Vaccination North-Western Provinces and Oudh 1878-1895 - 1878-1895
Year: 1878
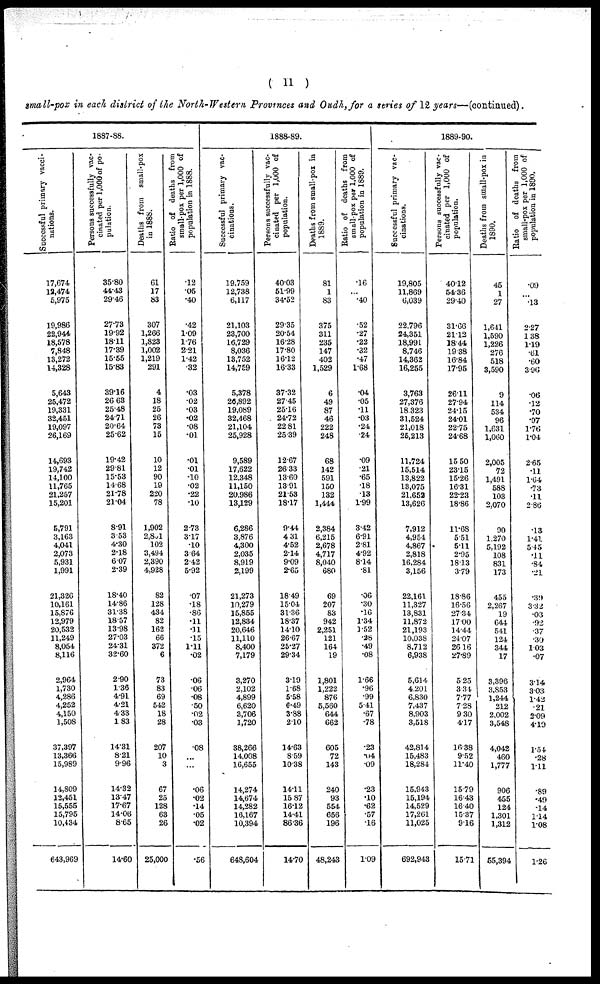
( 11 )
small-pox in each district of the North-Western Provinces and Oudh, for a series of 12 years—(continued).
1887-88.
Successful primary vacci-
nations.
17,674
12,474
5,975
19,986
22,944
18,578
7,848
13,272
14,328
5,643
25,472
19,331
32,451
19,097
26,169
14,693
19,742
14,100
11,765
21,257
15,201
5,791
3,163
4,041
2,073
5,931
1,991
21,326
10,161
15,876
12,979
20,532
11,249
8,054
8,116
2,964
1,730
4,286
4,252
4,150
1,508
37,397
13,366
15,989
14,809
12,451
15,555
15,795
10,434
643,969
Persons successfully vac-
cinated per 1,000 of po-
pulation.
35.80
44.43
29.46
27.73
19.92
18.11
17.39
15.55
15.83
39.16
26. 63
25.48
24.71
20.64
25.62
19.42
29.81
15.53
14.68
21.78
21.04
8.91
3.53
4.30
2.18
6.07
2.39
18.40
14.86
31.38
18.57
13.98
27.03
24.31
32.60
2.90
1.36
4.91
4.21
4.33
1.83
14.31
8.21
9.96
14.32
13.47
17.67
14.06
8.65
14.60
Deaths from small-pox
in 1888.
61
17
83
307
1,266
1,823
1,002
1,219
291
4
18
25
26
73
15
10
12
90
19
220
78
1,902
2,851
102
3,494
2,390
4,928
82
128
434
82
162
66
372
6
73
83
69
542
18
28
207
10
3
67
25
128
63
26
25,000
Ratio of deaths from
small-pox per 1,000 of
population in 1888.
.12
.05
.40
.42
1.09
1.76
2.21
1.42
.32
.03
.02
.03
.02
.08
.01
.01
.01
.10
.02
.22
.10
2.73
3.17
.10
3.64
2.42
5.92
.07
.18
.86
.11
.11
.15
1.11
.02
.06
.06
.08
.50
.02
.03
.08
...
...
.06
.02
.14
.05
.02
.56
1888.89.
Successful primary vac-
cinations.
19,759
12,738
6,117
21,103
23,700
16,729
8,036
13,752
14,759
5,378
20,892
19,089
32,468
21,104
25,928
9,589
17,622
12,348
11,150
20,986
13,129
6,286
3,876
4,300
2,035
8,919
2,199
21,273
10,279
15,855
12,834
20,646
11,110
8,400
7,179
3,270
2,102
4,899
6,620
3,706
1,720
38,266
14,008
16,655
14,274
14,674
14,282
16,167
10,394
648,604
Persons successfully vac-
cinated per 1,000 of
population.
40.03
51.99
34.52
29.35
20.54
16.28
17.80
16.12
16.33
37.32
27.45
25.16
24.72
22.81
25.39
12.67
26.33
13.60
13.91
21.53
18.17
9.44
4.31
4.52
2.14
9.09
2.65
18.49
15.04
31.36
18.37
14.10
26.67
25.27
29.34
3.19
1.68
5.58
6.49
3.88
2.10
14.63
8.59
10.38
14.11
15. 87
16.12
14.41
86.36
14.70
Deaths from small-pox in
1889.
81
1
83
375
311
235
147
402
1,529
6
49
87
46
222
248
68
142
591
150
132
1,444
2,384
6,215
2,678
4,717
8,040
680
69
207
83
942
2,251
121
164
19
1,801
1,222
876
5,560
644
662
605
72
143
240
93
554
656
196
48,243
Ratio of deaths from
small-pox per 1,000 of
population in 1889.
.16
...
.40
.52
.27
.22
.32
.47
1.68
.04
.05
.11
.03
.24
.24
.09
.21
.65
.18
.13
1.99
3.42
6.91
2.81
4.92
8.14
.81
.06
.30
.16
1.34
1.52
.28
.49
.08
1.66
.96
.99
5.41
.67
.78
.23
.04
.09
.23
.10
.62
.57
.16
1.09
1889.90.
Successful primary vac-
cinations.
19,805
11,869
6,039
22,796
24,351
18,991
8,746
14,362
16,255
3,763
27,376
18 323
31,524
21,018
25,213
11,724
15,514
13,822
13,075
21,652
13,626
7,912
4,954
4,867
2,818
16,284
3,156
22,161
11,327
13,831
11,872
21,193
10,038
8,712
6,938
5,614
4,201
6,830
7,437
8,903
3,518
42,814
15,483
18,284
15,943
15,194
14,529
17,261
11,025
692,943
Persons successfully vac-
cinated per 1,000 of
population.
40.12
54.36
29.40
31.66
21.12
18.44
19.38
16.84
17.95
26.11
27.94
24.15
24.01
22.75
24.68
15.50
23.15
15.26
16.31
22.23
18.86
11.68
5.51
5.11
2.95
18.13
3.79
18.86
16.56
27.34
17.00
14.44
24.07
26.16
27.89
5.25
3.34
7.77
7.28
9.30
4.17
16.38
9.52
11.40
15.79
16.43
16.40
15.37
9.16
15.71
Deaths from small-pox in
1890.
45
1
27
1,641
1,590
1,226
276
518
3,590
9
114
534
96
1,631
1,060
2,005
72
1,491
588
103
2,070
90
1,270
5,192
108
831
173
455
2,267
19
644
541
124
344
17
3,396
3,853
1,244
212
2,002
3,548
4,042
460
1,777
906
455
124
1,301
1,312
55,394
Ratio of deaths from
small-pox per 1,000 of
population in 1890.
.09
...
.13
2.27
1.38
1.19
.61
.60
3.96
.06
.12
.70
.07
1.76
1.04
2.65
.11
1.64
.73
.11
2.86
.13
1.41
5.45
.11
.84
.21
.39
3.32
.03
.92
.37
.30
1.03
.07
3.14
303
1.42
.21
2.09
4.19
1.54
.28
1.11
.89
.49
.14
1.14
1.08
1.26